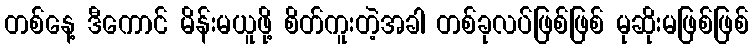
တစ်နေ့ ဒီကောင် မိန်းမယူဖို့ စိတ်ကူးတဲ့အခါ တစ်ခုလပ်ဖြစ်ဖြစ် မုဆိုးမဖြစ်ဖြစ်